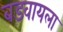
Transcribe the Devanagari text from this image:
बडवायला